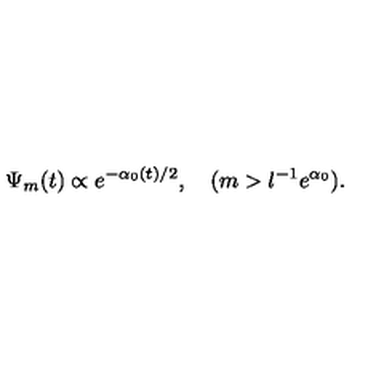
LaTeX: \Psi _ { m } ( t ) \propto e ^ { - \alpha _ { 0 } ( t ) / 2 } , \quad ( m > l ^ { - 1 } e ^ { \alpha _ { 0 } } ) .